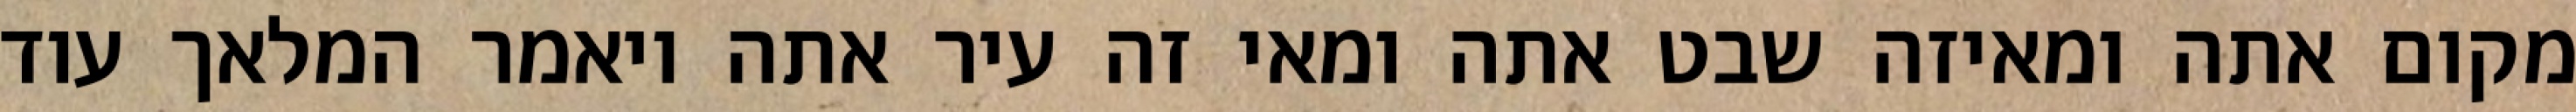
מקום אתה ומאיזה שבט אתה ומאי זה עיר אתה ויאמר המלאך עוד